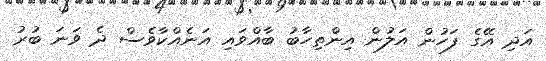
އަދި އޭގެ ފަހުން އަލުން އިންތިހާބު ބާއްވައި އަނެއްކާވެސް ދެ ވަނަ ބުރު